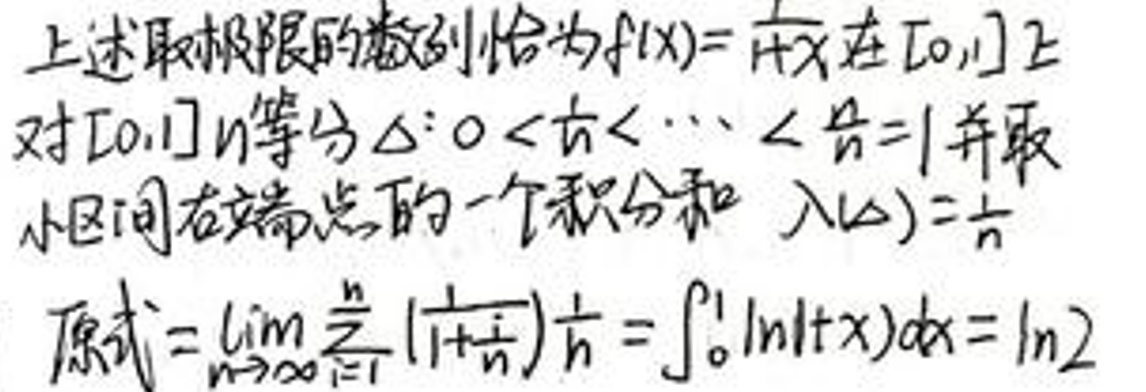
上述取极限的感别恰为\(f(x)=\frac{1}{1+x}\)在\([0,1]\)上
对\([0,1]\)等分\(\Delta:0<\frac{1}{n}<\cdots<\frac{n}{n}=1\)并取
小区间右端点的一个积分和 \(\lambda(\Delta)=\frac{1}{n}\)

原式\(=\lim_{n\rightarrow\infty}\frac{1}{n}\prod_{i = 1}^{n}(1+\frac{i}{n})^{\frac{1}{n}}=\int_{0}^{1}\ln(1 + x)dx=\ln2\)